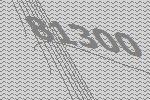
81300